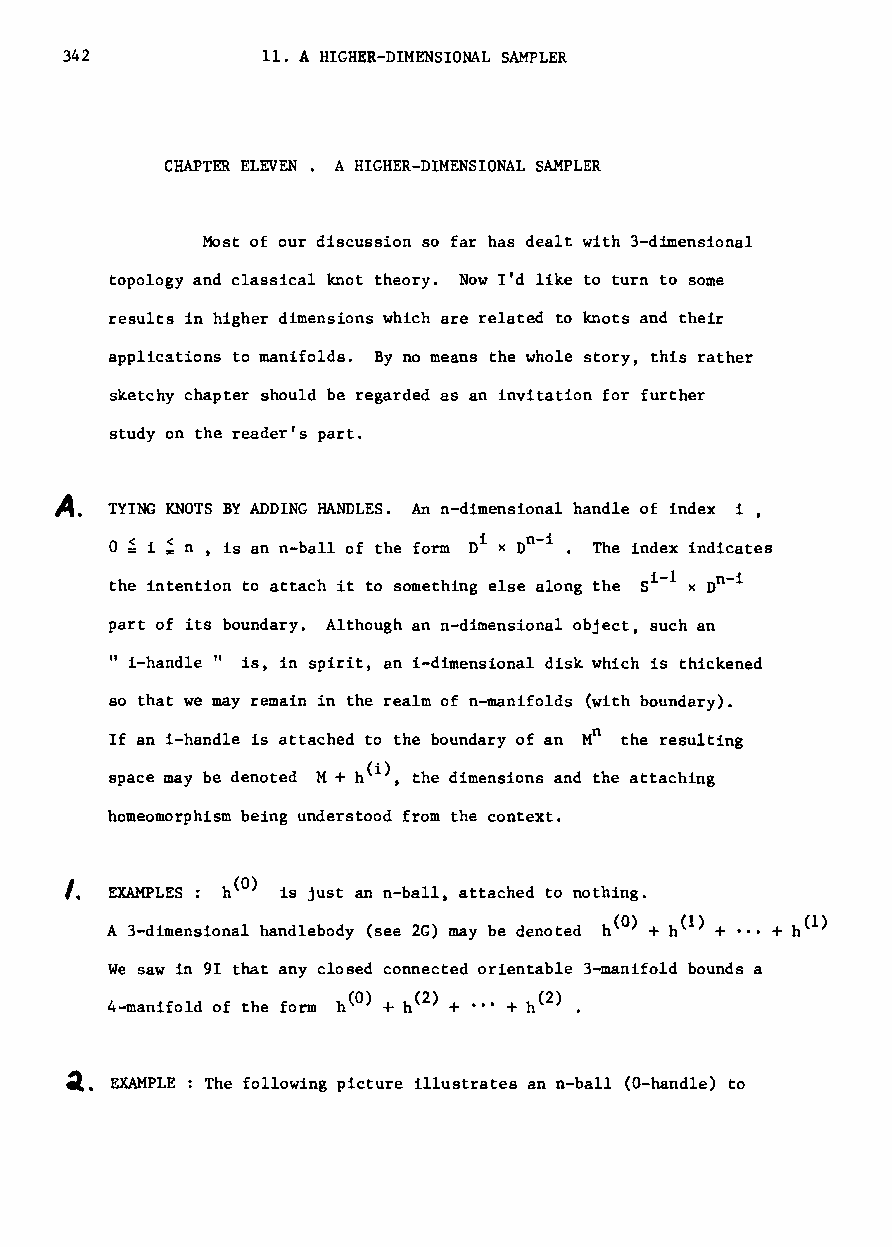
342          11. A HIGHER-DIMENSIONAL SAMPLER
 CHAPTER ELEVEN. A HIGHER-DIMENSIONAL SAMPLER
 Most of our discussion so far has dealt with 3-dimensional
 topology and classical knot theory. Now I'd like to turn to some
 results in higher dimensions which are related to knots and their
 applications to manifolds. By no means the whole story, this rather
 sketchy chapter should be regarded as an invitation for further
 study on the reader's part.
 ~.
 TYING KNOTS BY ADDING HANDLES. An n-dimensional handle of index i,
 o ~ i ~ n , is an n-ball of the form Di x Dn -i . The index indicates
 i-I n-i
 the intention to attach it to something else along the S x D
 part of its boundary. Although an n-dimensional object, such an
 " i-handle" is, in spirit, an i-dimensional disk which is thickened
 so that we may remain in the realm of n-manifolds (with boundary).
 n
 If an i-handle is attached to the boundary of an M the resulting
 space may be denoted M + h(i), the dimensions and the attaching
 homeomorphism being understood from the context.
 I.
 EXAMPLES: h(O) is just an n-ball attached to nothing.
 J
 A 3-dimensional handlebody (see 2G) may be denoted h(O) + h(l) + ... + h(l)
 We saw in 91 that any closed connected orientable 3-manifold bounds a
 4-manifold of the form h(O) + h(2) + ..- + h(2) •
 ~. EXAMPLE The following picture illustrates an n-ball (a-handle) to